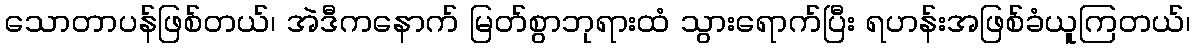
သောတာပန်ဖြစ်တယ်၊ အဲဒီကနောက် မြတ်စွာဘုရားထံ သွားရောက်ပြီး ရဟန်းအဖြစ်ခံယူကြတယ်၊